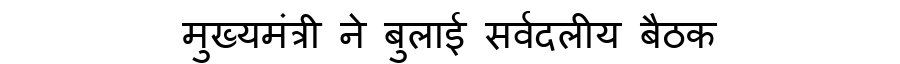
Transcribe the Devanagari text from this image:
मुख्यमंत्री ने बुलाई सर्वदलीय बैठक